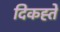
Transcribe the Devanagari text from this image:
दिकह्ते